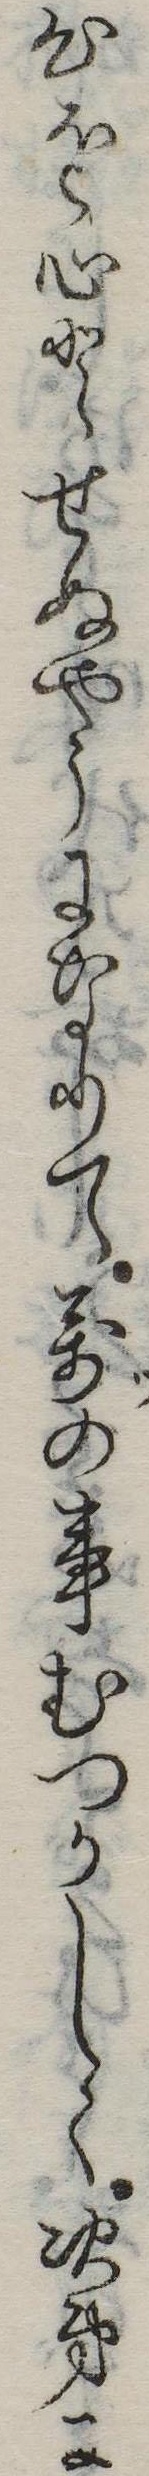
心を心とせぬやうになりて万の事むつかしく次第に